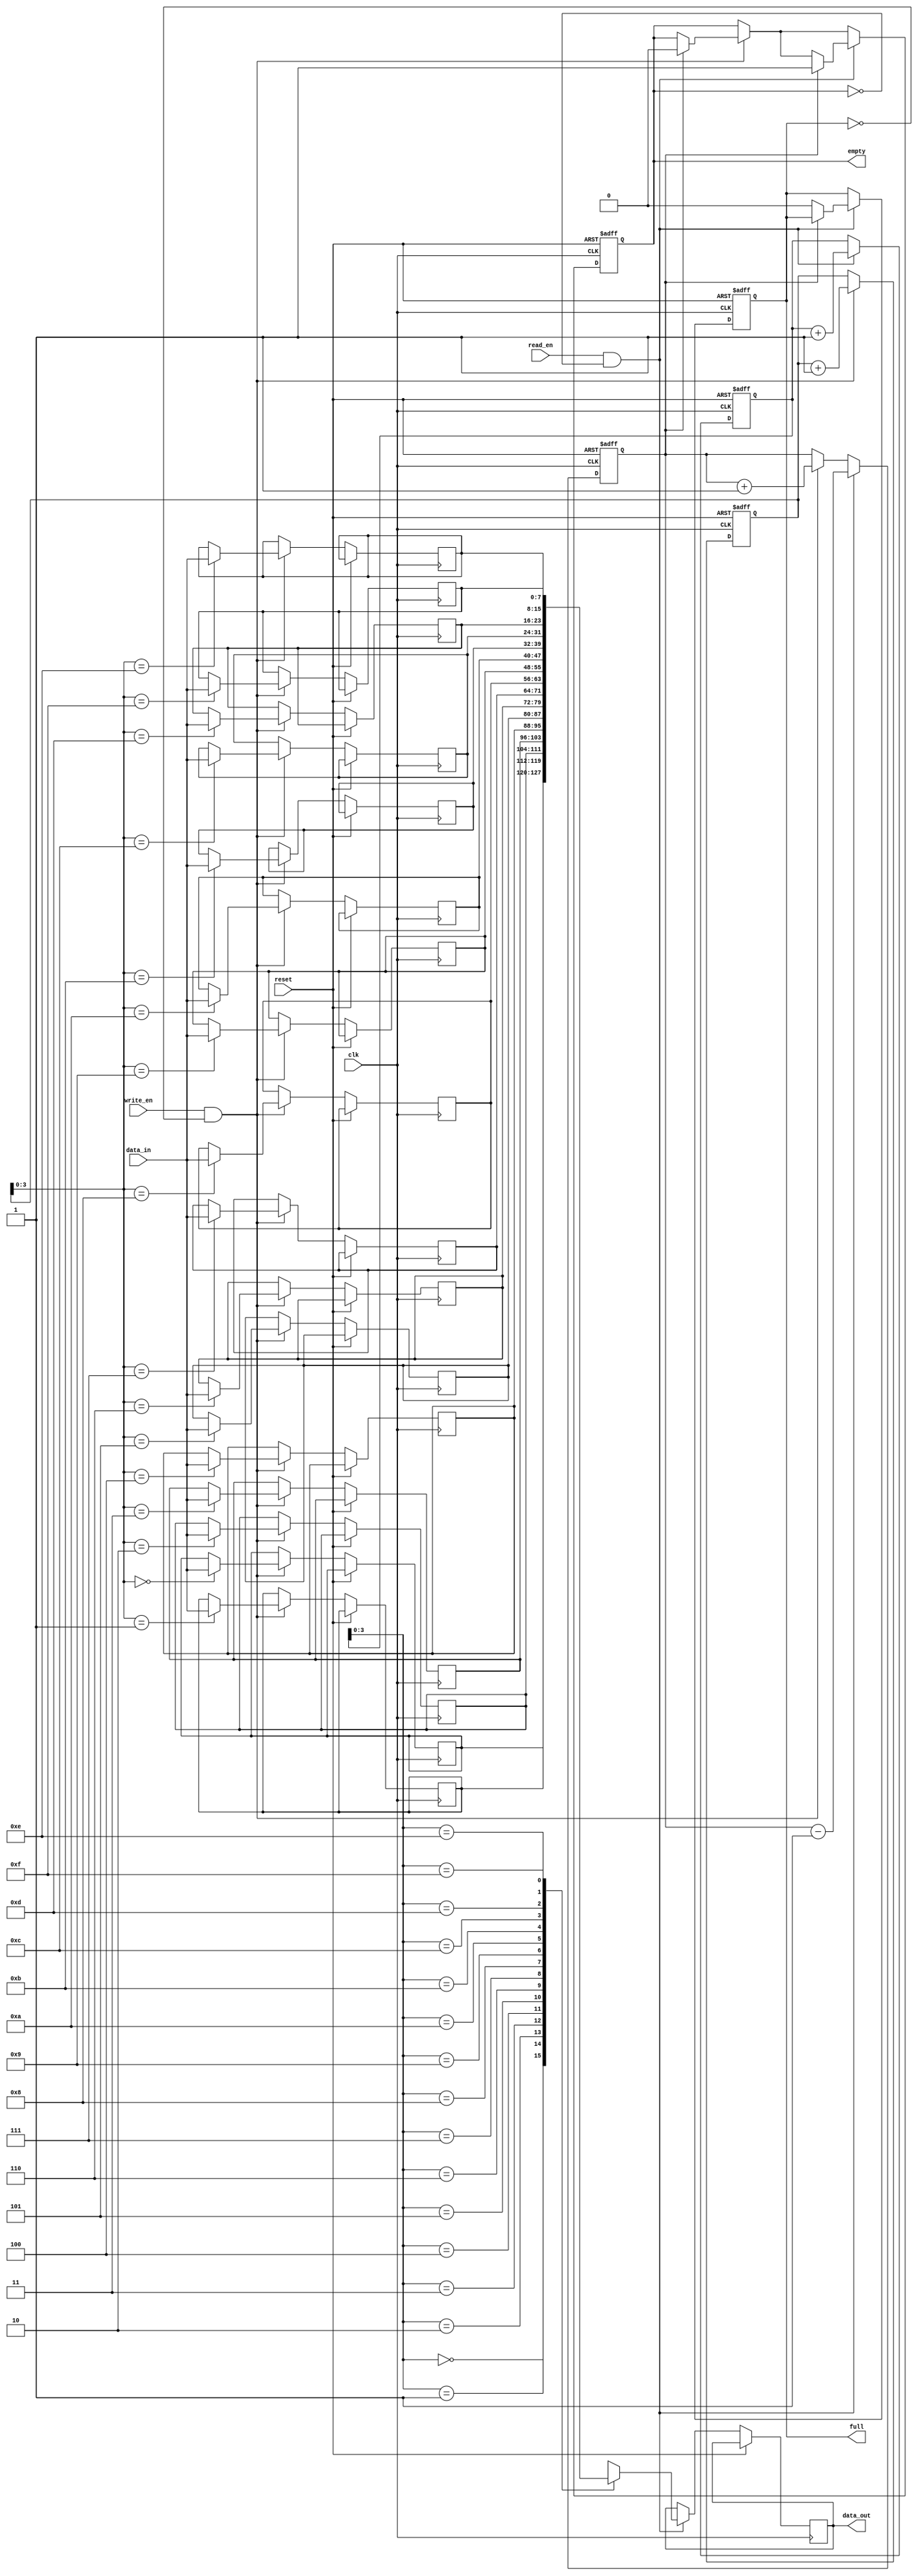
module synchronous_fifo (
    input wire clk,            // Clock input
    input wire reset,          // Reset input
    input wire write_en,       // Write enable input
    input wire read_en,        // Read enable input
    input wire [DATA_WIDTH-1:0] data_in,       // Data input
    output reg [DATA_WIDTH-1:0] data_out,      // Data output
    output reg full,           // Buffer full flag
    output reg empty           // Buffer empty flag
);

parameter DEPTH = 16;        // Depth of the FIFO buffer
parameter DATA_WIDTH = 8;    // Width of data bus
reg [DATA_WIDTH-1:0] fifo [0:DEPTH-1];   // FIFO buffer
reg [DATA_WIDTH-1:0] read_pointer = 0;   // Read pointer
reg [DATA_WIDTH-1:0] write_pointer = 0;  // Write pointer
reg count = 0;              // Number of elements in the buffer

always @ (posedge clk or posedge reset) begin
    if (reset) begin
        read_pointer <= 0;
        write_pointer <= 0;
        count <= 0;
        full <= 0;
        empty <= 1;
    end else begin
        if (write_en && !full) begin
            fifo[write_pointer] <= data_in;
            write_pointer <= write_pointer + 1;
            count <= count + 1;
            if (count == DEPTH) begin
                full <= 1;
            end
            if (count == 1) begin
                empty <= 0;
            end
        end
        
        if (read_en && !empty) begin
            data_out <= fifo[read_pointer];
            read_pointer <= read_pointer + 1;
            count <= count - 1;
            if (count == 1) begin
                empty <= 1;
            end
            if (count == 0) begin
                full <= 0;
            end
        end
    end
end

endmodule